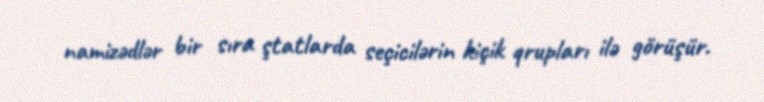
namizədlər bir sıra ştatlarda seçicilərin kiçik qrupları ilə görüşür.